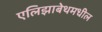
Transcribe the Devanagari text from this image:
एलिझाबेथमधील